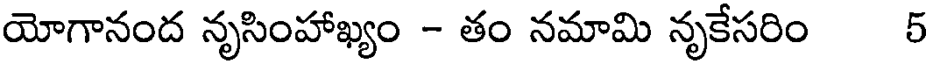
యోగానంద నృసింహాఖ్యం - తం నమామి నృకేసరిం 5